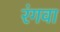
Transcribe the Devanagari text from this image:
रंगवा